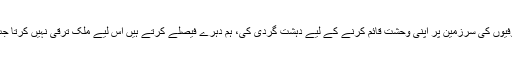
انہوں نے کہا کہ ’’ہم نے اپنی امان میں گدھوں کی پناہ دی اور انہوں نے صوفیوں کی سرزمین پر اپنی وحشت قائم کرنے کے لیے دہشت گردی کی، ہم دہرے فیصلے کرتے ہیں اس لیے ملک ترقی نہیں کرتا جب تک حکمران دہرے پن سے باہر نہیں نکلیں گے ملک ترقی نہیں کرسکتا‘‘۔